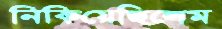
নিকিয়েছিলেম